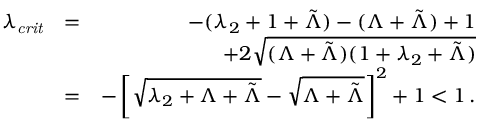
\begin{array} { r l r } { \lambda _ { \mathit { c r i t } } } & { = } & { - ( \lambda _ { 2 } + 1 + \tilde { \Lambda } ) - ( \Lambda + \tilde { \Lambda } ) + 1 } \\ & { } & { + 2 \sqrt { ( \Lambda + \tilde { \Lambda } ) ( 1 + \lambda _ { 2 } + \tilde { \Lambda } ) } } \\ & { = } & { - \left[ \sqrt { \lambda _ { 2 } + \Lambda + \tilde { \Lambda } } - \sqrt { \Lambda + \tilde { \Lambda } } \right] ^ { 2 } + 1 < 1 \, . } \end{array}